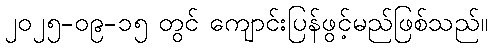
၂၀၂၅-၀၉-၁၅ တွင် ကျောင်းပြန်ဖွင့်မည်ဖြစ်သည်။